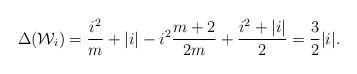
\begin{align*} \Delta(\mathcal W_i) = \frac{i^2}{m} + |i| - i^2 \frac{m+2}{2m} + \frac{i^2 + |i|}{2} = \frac{3}{2} |i|. \end{align*}